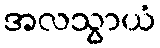
အလသွာယံ